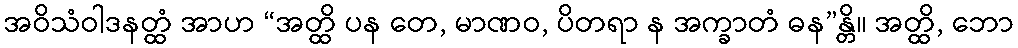
အဝိသံဝါဒနတ္ထံ အာဟ “အတ္ထိ ပန တေ, မာဏဝ, ပိတရာ န အက္ခာတံ ဓန”န္တိ။ အတ္ထိ, ဘော